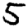
Digit: 5